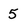
Character: 5